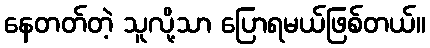
နေတတ်တဲ့ သူလို့သာ ပြောရမယ်ဖြစ်တယ်။